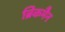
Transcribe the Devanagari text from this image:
ब्रिंकमैन